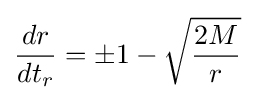
{\frac {dr}{dt_{r}}}=\pm 1-{\sqrt {\frac {2M}{r}}}